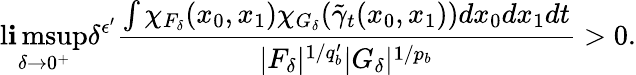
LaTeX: \operatorname*{l\mathbf{i}msup}_{\delta\rightarrow0^{+}}\delta^{\epsilon^{\prime}}\frac{{\int\chi_{F_{\delta}}(x_{0},x_{1})\chi_{G_{\delta}}(\tilde{{\gamma}}_{t}(x_{0},x_{1}))dx_{0}dx_{1}dt}}{{|F_{\delta}|^{1/q_{b}^{\prime}}|G_{\delta}|^{1/p_{b}}}}>0.